Elephants and their diseases
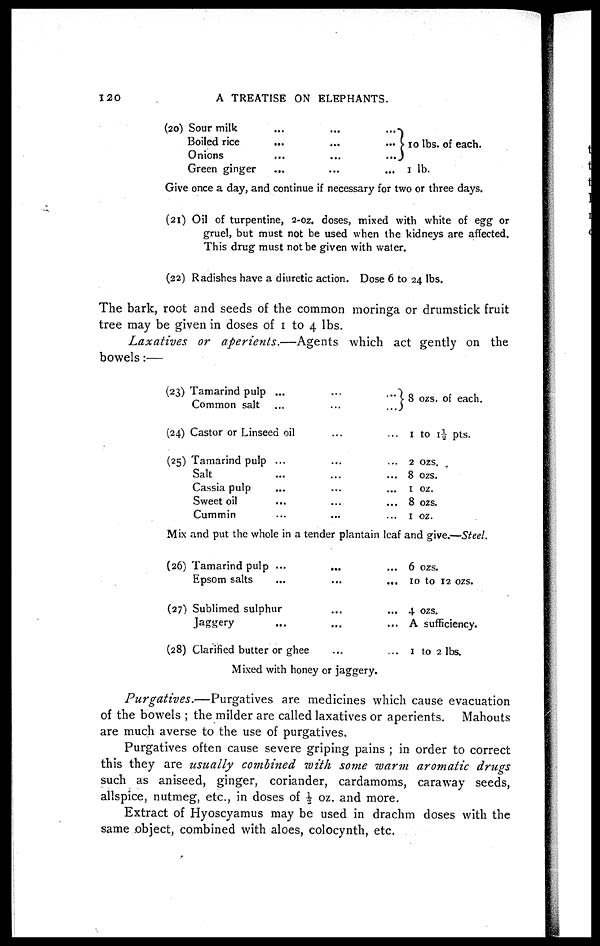
120
A TREATISE ON ELEPHANTS.
(20) Sour milk
Boiled rice
Onions
Green ginger
...
...
...} 10 lbs. of each.
...
... 1 lb.
Give once a day, and continue if necessary for two or three days.
(21)
(22)
Oil of turpentine, 2-oz. doses, mixed with white of egg or
gruel, but must not be used when the kidneys are affected.
This drug must not be given with water.
Radishes have a diuretic action. Dose 6 to 24 lbs.
The bark, root and seeds of the common moringa or drumstick fruit
tree may be given in doses of 1 to 4 lbs.
Laxatives
or aperients.—Agents
which act gently on the
bowels:—
(23)
(24)
(25)
Tamarind pulp ...
Common salt ...
Castor or Linseed oil
Tamarind pulp ...
Salt
Cassia pulp
Sweet oil
Cummin
...
...
...
...
...
...} 8 ozs. of each.
... 1 to 1-½ pts.
... 2 ozs.
... 8 ozs.
... 1 oz.
... 8 ozs.
... 1 oz.
Mix and put the whole in a tender plantain leaf and give.—Steel.
(26)
(27)
(28)
Tamarind pulp ...
Epsom salts
Sublimed sulphur
Jaggery
Clarified butter or ghee
...
...
...
... 6 ozs.
... 10 to 12 ozs.
... 4 ozs.
... A sufficiency.
... 1 to 2 lbs.
Mixed with honey or jaggery.
Purgatives.—Purgatives
are medicines which cause evacuation
of the bowels ; the milder are called laxatives or aperients. Mahouts
are much averse to the use of purgatives.
Purgatives often cause severe griping pains ; in order to correct
this they are usually combined with some warm aromatic drugs
such as aniseed, ginger, coriander, cardamoms, caraway seeds,
allspice, nutmeg, etc., in doses of ½ oz. and more.
Extract of Hyoscyamus may be used in drachm doses with the
same object, combined with aloes, colocynth, etc.